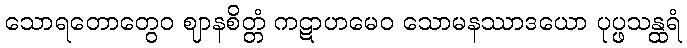
သောရတောတွေဝ ဈာနစိတ္တံ ကဋာဟမေဝ သောမနဿာဒယော ပုပ္ဖသန္ထရံ